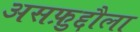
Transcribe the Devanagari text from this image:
असफ़ुद्दौला